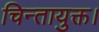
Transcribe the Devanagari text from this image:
चिन्तायुक्त।